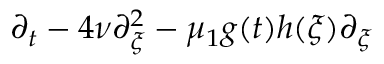
\partial _ { t } - 4 \nu \partial _ { \xi } ^ { 2 } - \mu _ { 1 } g ( t ) h ( \xi ) \partial _ { \xi }